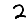
Digit: 2